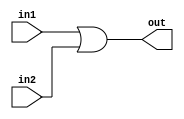
module or32bit(in1,in2,out);
	input [31:0] in1,in2;
	output [31:0] out;
	assign out=in1|in2;
endmodule